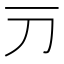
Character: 𬺳